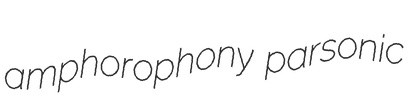
amphorophony parsonic